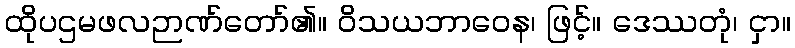
ထိုပဌမဖလဉာဏ်တော်၏။ ဝိသယဘာဝေန၊ ဖြင့်။ ဒေဿတုံ၊ ငှာ။